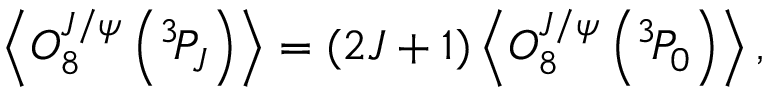
\left\langle { \cal O } _ { 8 } ^ { J / \psi } \left( { } ^ { 3 } \! P _ { J } \right) \right\rangle = ( 2 J + 1 ) \left\langle { \cal O } _ { 8 } ^ { J / \psi } \left( { } ^ { 3 } \! P _ { 0 } \right) \right\rangle ,